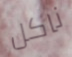
ناكل